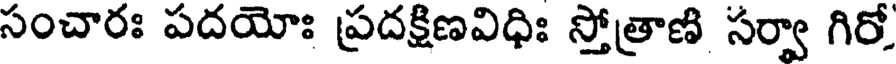
సంచారః పదయోః ప్రదక్షిణవిధిః స్తోత్రాణి సర్వా గిరో